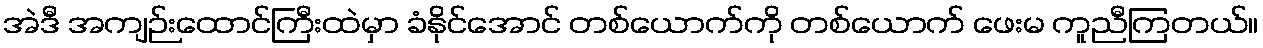
အဲဒီ အကျဉ်းထောင်ကြီးထဲမှာ ခံနိုင်အောင် တစ်ယောက်ကို တစ်ယောက် ဖေးမ ကူညီကြတယ်။